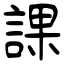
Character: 課